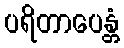
ပရိတာပေန္တံ